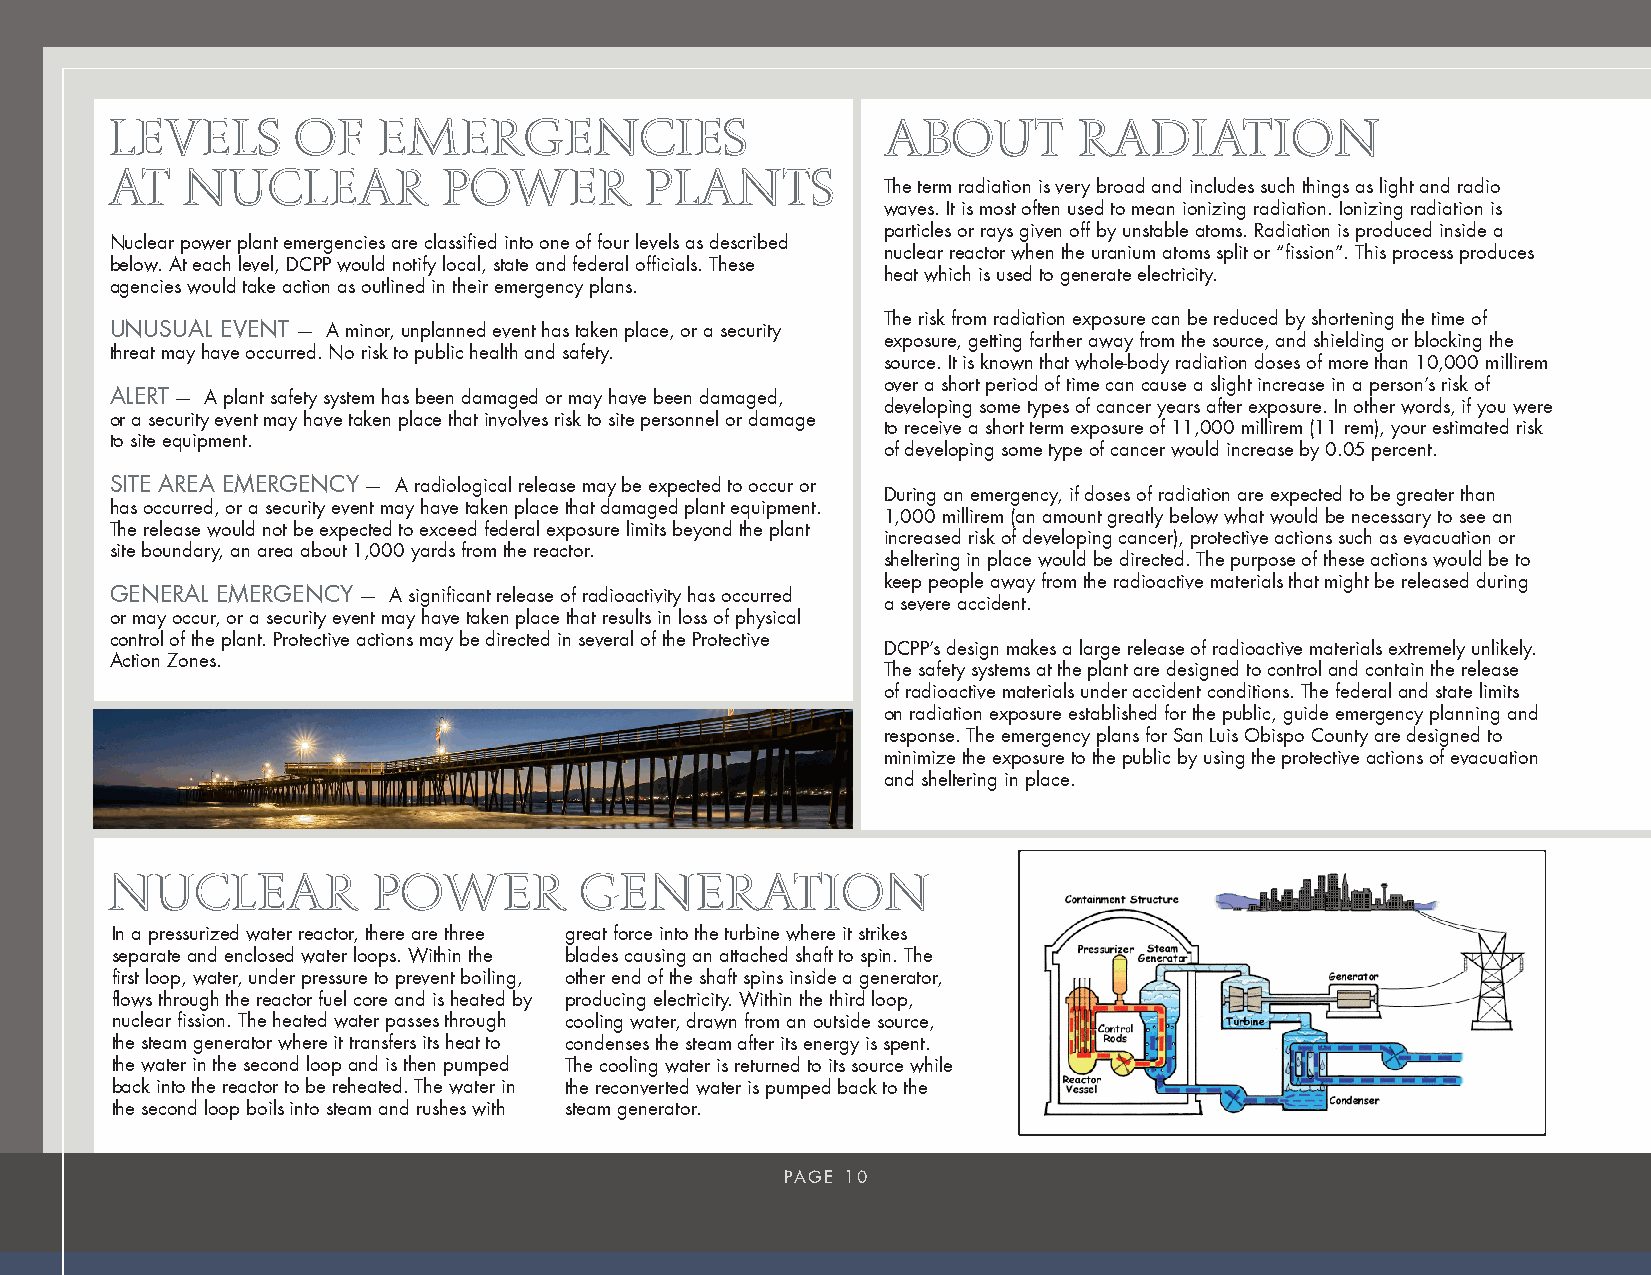
LEVELS       OF   EMERGENCIES                       ABOUT       RADIATION
 AT   NUCLEAR          POWER         PLANTS
 The term radiation is very broad and includes such things as light and radio
 waves. It is most often used to mean ionizing radiation. Ionizing radiation is
 particles or rays given off by unstable atoms. Radiation is produced inside a
 Nuclear power plant emergencies are classified into one of four levels as described
 nuclear reactor when the uranium atoms split or “fission”. This process produces
 below. At each level, DCPP would notify local, state and federal officials. These
 heat which is used to generate electricity.
 agencies would take action as outlined in their emergency plans.
 The risk from radiation exposure can be reduced by shortening the time of
 UNUSUAL EVENT — A minor, unplanned event has taken place, or a security
 exposure, getting farther away from the source, and shielding or blocking the
 threat may have occurred. No risk to public health and safety.
 source. It is known that whole-body radiation doses of more than 10,000 millirem
 over a short period of time can cause a slight increase in a person’s risk of
 ALERT — A plant safety system has been damaged or may have been damaged,
 developing some types of cancer years after exposure. In other words, if you were
 or a security event may have taken place that involves risk to site personnel or damage
 to receive a short term exposure of 11,000 millirem (11 rem), your estimated risk
 to site equipment.
 of developing some type of cancer would increase by 0.05 percent.
 SITE AREA EMERGENCY — A radiological release may be expected to occur or
 During an emergency, if doses of radiation are expected to be greater than
 has occurred, or a security event may have taken place that damaged plant equipment.
 1,000 millirem (an amount greatly below what would be necessary to see an
 The release would not be expected to exceed federal exposure limits beyond the plant
 increased risk of developing cancer), protective actions such as evacuation or
 site boundary, an area about 1,000 yards from the reactor.
 sheltering in place would be directed. The purpose of these actions would be to
 keep people away from the radioactive materials that might be released during
 GENERAL EMERGENCY — A significant release of radioactivity has occurred
 a severe accident.
 or may occur, or a security event may have taken place that results in loss of physical
 control of the plant. Protective actions may be directed in several of the Protective
 DCPP’s design makes a large release of radioactive materials extremely unlikely.
 Action Zones.
 The safety systems at the plant are designed to control and contain the release
 of radioactive materials under accident conditions. The federal and state limits
 on radiation exposure established for the public, guide emergency planning and
 response. The emergency plans for San Luis Obispo County are designed to
 minimize the exposure to the public by using the protective actions of evacuation
 and sheltering in place.
 NUCLEAR           POWER        GENERATION
 In a pressurized water reactor, there are three great force into the turbine where it strikes
 separate and enclosed water loops. Within the blades causing an attached shaft to spin. The
 first loop, water, under pressure to prevent boiling, other end of the shaft spins inside a generator,
 flows through the reactor fuel core and is heated by producing electricity. Within the third loop,
 nuclear fission. The heated water passes through cooling water, drawn from an outside source,
 the steam generator where it transfers its heat to condenses the steam after its energy is spent.
 the water in the second loop and is then pumped The cooling water is returned to its source while
 back into the reactor to be reheated. The water in the reconverted water is pumped back to the
 the second loop boils into steam and rushes with steam generator.
 !
 PAGE 10